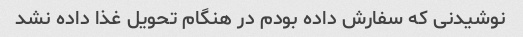
نوشیدنی که سفارش داده بودم در هنگام تحویل غذا داده نشد